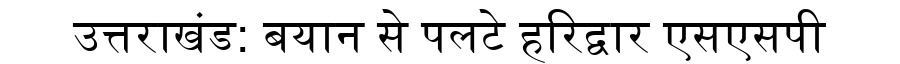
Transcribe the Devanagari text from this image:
उत्तराखंड: बयान से पलटे हरिद्वार एसएसपी